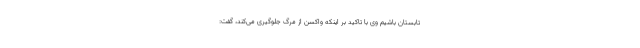
تابستان باشیم وی با تاکید بر اینکه واکسن از مرگ جلوگیری می‌کند، گفت: